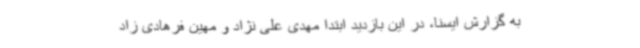
به گزارش ایسنا، در این بازدید ابتدا مهدی علی نژاد و مهین فرهادی زاد